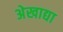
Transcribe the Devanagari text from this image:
अेखाद्या